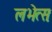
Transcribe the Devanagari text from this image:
लभेत्सः